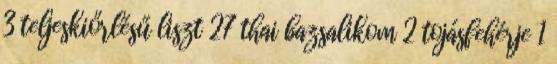
3 teljeskiőrlésű liszt 27 thai bazsalikom 2 tojásfehérje 1